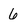
Character: 6